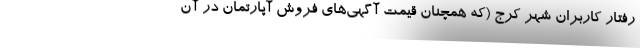
رفتار کاربران شهر کرج (که همچنان قیمت آگهی‌های فروش آپارتمان در آن